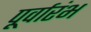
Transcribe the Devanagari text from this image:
पूर्वारंभ